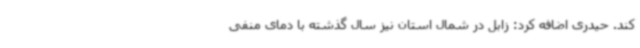
کند. حیدری اضافه کرد: زابل در شمال استان نیز سال گذشته با دمای منفی